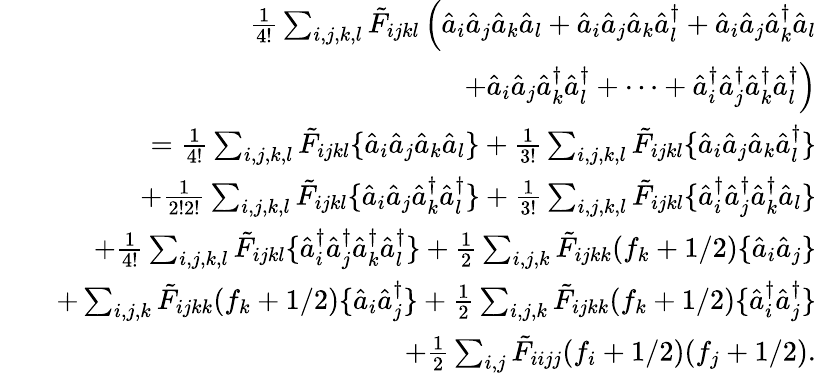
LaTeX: \begin{array}{rlr}&{}&{\frac{1}{4!}\sum_{i,j,k,l}\tilde{F}_{ijkl}\left(\hat{a}_{i}\hat{a}_{j}\hat{a}_{k}\hat{a}_{l}+\hat{a}_{i}\hat{a}_{j}\hat{a}_{k}\hat{a}_{l}^{\dagger}+\hat{a}_{i}\hat{a}_{j}\hat{a}_{k}^{\dagger}\hat{a}_{l}\right.}\\ &{}&{\left.+\hat{a}_{i}\hat{a}_{j}\hat{a}_{k}^{\dagger}\hat{a}_{l}^{\dagger}+\cdots+\hat{a}_{i}^{\dagger}\hat{a}_{j}^{\dagger}\hat{a}_{k}^{\dagger}\hat{a}_{l}^{\dagger}\right)}\\ &{}&{=\frac{1}{4!}\sum_{i,j,k,l}\tilde{F}_{ijkl}\{ \hat{a}_{i}\hat{a}_{j}\hat{a}_{k}\hat{a}_{l}\} +\frac{1}{3!}\sum_{i,j,k,l}\tilde{F}_{ijkl}\{ \hat{a}_{i}\hat{a}_{j}\hat{a}_{k}\hat{a}_{l}^{\dagger}\} }\\ &{}&{+\frac{1}{2!2!}\sum_{i,j,k,l}\tilde{F}_{ijkl}\{ \hat{a}_{i}\hat{a}_{j}\hat{a}_{k}^{\dagger}\hat{a}_{l}^{\dagger}\} +\frac{1}{3!}\sum_{i,j,k,l}\tilde{F}_{ijkl}\{ \hat{a}_{i}^{\dagger}\hat{a}_{j}^{\dagger}\hat{a}_{k}^{\dagger}\hat{a}_{l}\} }\\ &{}&{+\frac{1}{4!}\sum_{i,j,k,l}\tilde{F}_{ijkl}\{ \hat{a}_{i}^{\dagger}\hat{a}_{j}^{\dagger}\hat{a}_{k}^{\dagger}\hat{a}_{l}^{\dagger}\} +\frac{1}{2}\sum_{i,j,k}\tilde{F}_{ijkk}(f_{k}+1/2)\{ \hat{a}_{i}\hat{a}_{j}\} }\\ &{}&{+\sum_{i,j,k}\tilde{F}_{ijkk}(f_{k}+1/2)\{ \hat{a}_{i}\hat{a}_{j}^{\dagger}\} +\frac{1}{2}\sum_{i,j,k}\tilde{F}_{ijkk}(f_{k}+1/2)\{ \hat{a}_{i}^{\dagger}\hat{a}_{j}^{\dagger}\} }\\ &{}&{+\frac{1}{2}\sum_{i,j}\tilde{F}_{iijj}(f_{i}+1/2)(f_{j}+1/2).}\end{array}